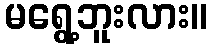
မရွေ့ဘူးလား။